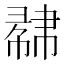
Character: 𢄥